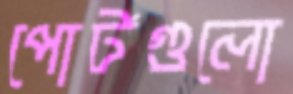
পোর্টগুলো